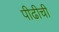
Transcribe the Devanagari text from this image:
पीढीची